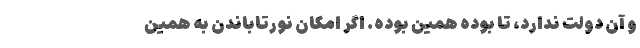
و آن دولت ندارد، تا بوده همین بوده. اگر امکان نورتاباندن به همین